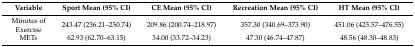
| Variable | Sport Mean (95% CI) | CE Mean (95% CI) | Recreation Mean (95% CI) | HT Mean (95% CI) |
 | --- | --- | --- | --- | --- |
 | Minutes of Exercise | 243.47 (236.21–250.74) | 209.86 (200.74–218.97) | 357.30 (340.69–373.90) | 451.06 (425.57–476.55) |
 | METs | 62.93 (62.70–63.15) | 34.00 (33.72–34.23) | 47.30 (46.74–47.87) | 48.56 (48.30–48.83) |